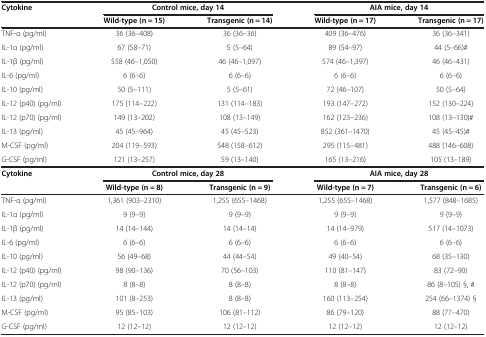
<table><thead><tr><td><b>Cytokine</b></td><td colspan="2"><b>Control mice, day 14</b></td><td colspan="2"><b>AIA mice, day 14</b></td></tr><tr><td><b> </b></td><td><b>Wild-type (n = 15)</b></td><td><b>Transgenic (n = 14)</b></td><td><b>Wild-type (n = 17)</b></td><td><b>Transgenic (n = 17)</b></td></tr></thead><tbody><tr><td>TNF-α (pg/ml)</td><td>36 (36–408)</td><td>36 (36–36)</td><td>409 (36–476)</td><td>36 (36–341)</td></tr><tr><td>IL-1α (pg/ml)</td><td>67 (58–71)</td><td>5 (5–64)</td><td>89 (54–97)</td><td>44 (5–66)#</td></tr><tr><td>IL-1β (pg/ml)</td><td>558 (46–1,050)</td><td>46 (46–1,097)</td><td>574 (46–1,397)</td><td>46 (46–431)</td></tr><tr><td>IL-6 (pg/ml)</td><td>6 (6–6)</td><td>6 (6–6)</td><td>6 (6–6)</td><td>6 (6–6)</td></tr><tr><td>IL-10 (pg/ml)</td><td>50 (5–111)</td><td>5 (5–61)</td><td>72 (46–107)</td><td>50 (5–64)</td></tr><tr><td>IL-12 (p40) (pg/ml)</td><td>175 (114–222)</td><td>131 (114–183)</td><td>193 (147–272)</td><td>152 (130–224)</td></tr><tr><td>IL-12 (p70) (pg/ml)</td><td>149 (13–202)</td><td>108 (13–149)</td><td>162 (123–236)</td><td>108 (13–130)#</td></tr><tr><td>IL-13 (pg/ml)</td><td>45 (45–964)</td><td>45 (45–523)</td><td>852 (361–1470)</td><td>45 (45–45)#</td></tr><tr><td>M-CSF (pg/ml)</td><td>204 (119–593)</td><td>548 (158–612)</td><td>295 (115–481)</td><td>488 (146–608)</td></tr><tr><td>G-CSF (pg/ml)</td><td>121 (13–257)</td><td>59 (13–140)</td><td>165 (13–216)</td><td>105 (13–189)</td></tr><tr><td><b>Cytokine</b></td><td colspan="2"><b>Control mice, day 28</b></td><td colspan="2"><b>AIA mice, day 28</b></td></tr><tr><td> </td><td><b>Wild-type (n = 8)</b></td><td><b>Transgenic (n = 9)</b></td><td><b>Wild-type (n = 7)</b></td><td><b>Transgenic (n = 6)</b></td></tr><tr><td>TNF-α (pg/ml)</td><td>1,361 (903–2310)</td><td>1,255 (655–1468)</td><td>1,255 (655–1468)</td><td>1,577 (848–1685)</td></tr><tr><td>IL-1α (pg/ml)</td><td>9 (9–9)</td><td>9 (9–9)</td><td>9 (9–9)</td><td>9 (9–9)</td></tr><tr><td>IL-1β (pg/ml)</td><td>14 (14–144)</td><td>14 (14–14)</td><td>14 (14–979)</td><td>517 (14–1073)</td></tr><tr><td>IL-6 (pg/ml)</td><td>6 (6–6)</td><td>6 (6–6)</td><td>6 (6–6)</td><td>6 (6–6)</td></tr><tr><td>IL-10 (pg/ml)</td><td>56 (49–68)</td><td>44 (44–54)</td><td>49 (40–54)</td><td>68 (35–130)</td></tr><tr><td>IL-12 (p40) (pg/ml)</td><td>98 (90–136)</td><td>70 (56–103)</td><td>110 (81–147)</td><td>83 (72–90)</td></tr><tr><td>IL-12 (p70) (pg/ml)</td><td>8 (8–8)</td><td>8 (8–8)</td><td>8 (8–8)</td><td>86 (8–105) §, #</td></tr><tr><td>IL-13 (pg/ml)</td><td>101 (8–253)</td><td>8 (8–8)</td><td>160 (113–254)</td><td>254 (66–1374) §</td></tr><tr><td>M-CSF (pg/ml)</td><td>95 (85–103)</td><td>106 (81–112)</td><td>86 (79–120)</td><td>88 (77–470)</td></tr><tr><td>G-CSF (pg/ml)</td><td>12 (12–12)</td><td>12 (12–12)</td><td>12 (12–12)</td><td>12 (12–12)</td></tr></tbody></table>